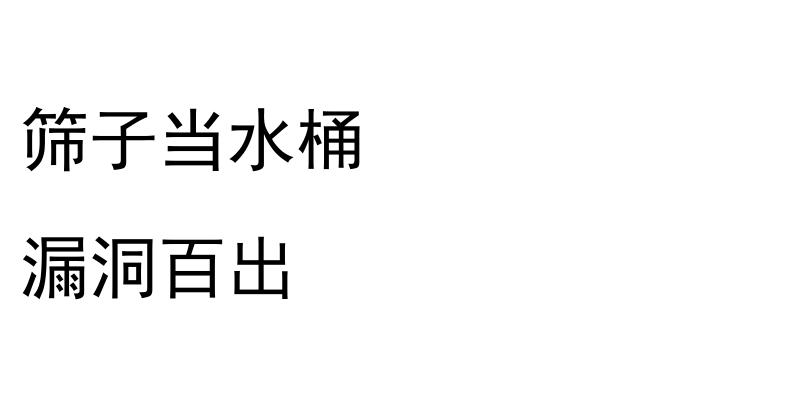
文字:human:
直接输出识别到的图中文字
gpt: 筛子当水桶 漏洞百出